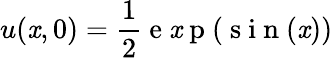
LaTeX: u(\mathit{x},0)=\frac{{1}}{{2}}\mathrm{{~e~\mathit{x}~p~}}(\mathrm{{~s~i~n~}}(\mathit{x}))